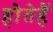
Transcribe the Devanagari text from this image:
होतेहैं